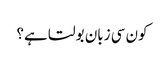
کون سی زبان بولتا ہے؟